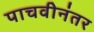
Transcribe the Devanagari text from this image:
पाचवीनंतर